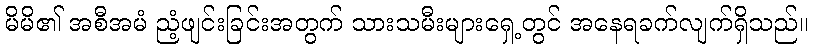
မိမိ၏ အစီအမံ ညံ့ဖျင်းခြင်းအတွက် သားသမီးများရှေ့တွင် အနေရခက်လျက်ရှိသည်။